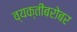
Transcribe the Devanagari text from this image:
व्यक्तींबरोबर